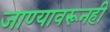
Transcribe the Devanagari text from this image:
जाण्यावरूनही